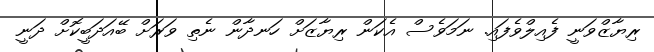
ރިޔާޒްވަނީ ފެއިލްވެފައި. ނަމަވެސް އެކަން ރިޔާޒަށް ހަނދާން ނެތި ވަރަށް ބޭއަދަބީކޮށް ދަނީ